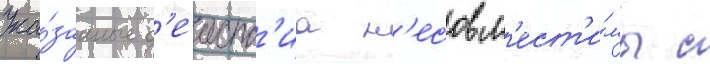
Ука́занные д'еиств'иа н'есовм'ест'и́мы с